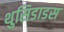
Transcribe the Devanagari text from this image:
थुसिडाडस